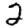
Digit: 2